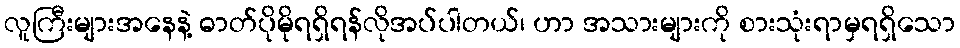
လူကြီးများအနေနဲ့ ဓာတ်ပိုမိုရရှိရန်လိုအပ်ပါတယ်၊ ဟာ အသားများကို စားသုံးရာမှရရှိသော